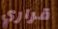
قراري